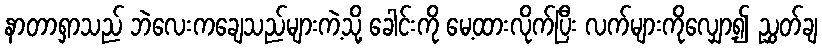
နာတာရှာသည် ဘဲလေးကချေသည်များကဲ့သို့ ခေါင်းကို မေ့ထားလိုက်ပြီး လက်များကိုလျှော့၍ ညွှတ်ချ